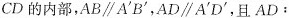
CD的内部，$$AB\parallel A^{\prime}B^{\prime}$$，$$AD\parallel A^{\prime}D^{\prime}$$，且AD：